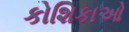
કોશિકાઓ